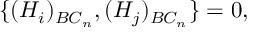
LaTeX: \{ ( H _ { i } ) _ { B C _ { n } } , ( H _ { j } ) _ { B C _ { n } } \} = 0 , \mathrm { ~ \ \ \ \ \ \ \ \ \ \ \ ~ }